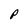
Character: P